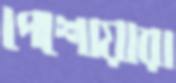
পেশোয়ারা